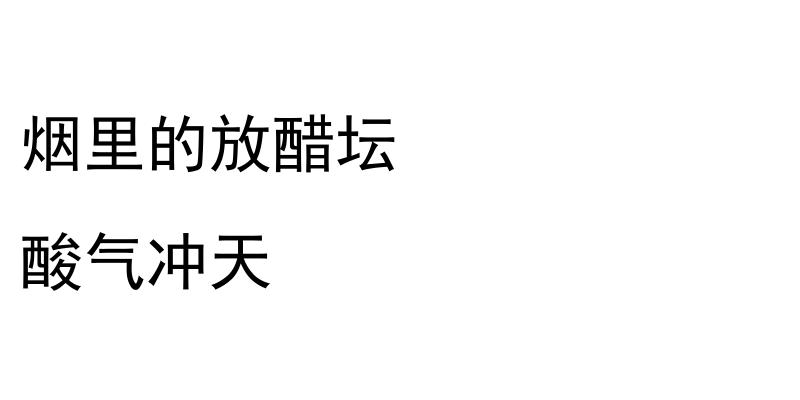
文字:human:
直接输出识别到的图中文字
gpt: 烟里的放醋坛 酸气冲天